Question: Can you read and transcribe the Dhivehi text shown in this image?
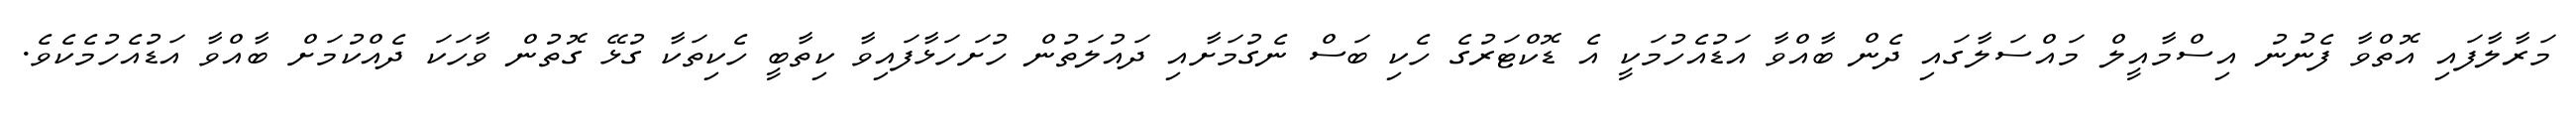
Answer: މަރާލާފައި އޮތްވާ ފެނުނު އިސްމާއީލް މައްސަލާގައި ދެން ބާއްވާ އަޑުއެހުމަކީ އެ ޑޮކްޓަރުގެ ހެކި ބަސް ނެގުމަށާއި ދައުލަތުން ހުށަހަޅާފައިވާ ކިތާބީ ހެކިތަކާ ގުޅޭ ގޮތުން ވާހަކަ ދެއްކުމަށް ބާއްވާ އަޑުއެހުމެކެވެ.